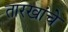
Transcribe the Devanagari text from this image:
तारखांचे